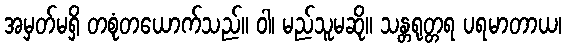
အမှတ်မရှိ တစုံတယောက်သည်။ ဝါ၊ မည်သူမဆို။ သန္တရုတ္တရ ပရမာတာယ၊